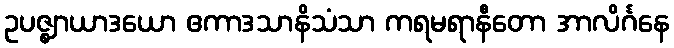
ဥပဇ္ဈာယာဒယော ဧကာဒသာနိသံသာ ကရမရာနီတော အာလိင်္ဂနေ